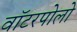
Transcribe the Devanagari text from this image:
वॉटरपोलो